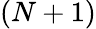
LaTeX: \left(N+1\right)